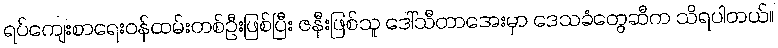
ရပ်ကျေးစာရေးဝန်ထမ်းတစ်ဦးဖြစ်ပြီး ဇနီးဖြစ်သူ ဒေါ်သီတာအေးမှာ ဒေသခံတွေဆီက သိရပါတယ်။